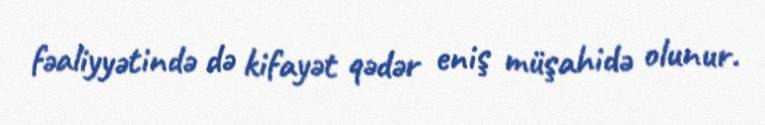
fəaliyyətində də kifayət qədər eniş müşahidə olunur.